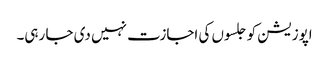
اپوزیشن کو جلسوں کی اجازت نہیں دی جا رہی۔